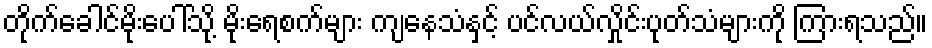
တိုက်ခေါင်မိုးပေါ်သို့ မိုးရေစက်များ ကျနေသံနှင့် ပင်လယ်လှိုင်းပုတ်သံများကို ကြားရသည်။